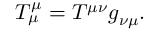
T _ { \mu } ^ { \mu } = T ^ { \mu \nu } g _ { \nu \mu } .